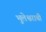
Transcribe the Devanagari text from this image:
भुलेश्वराची